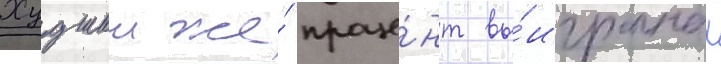
Худшии же́ проце́нт вы́игранных